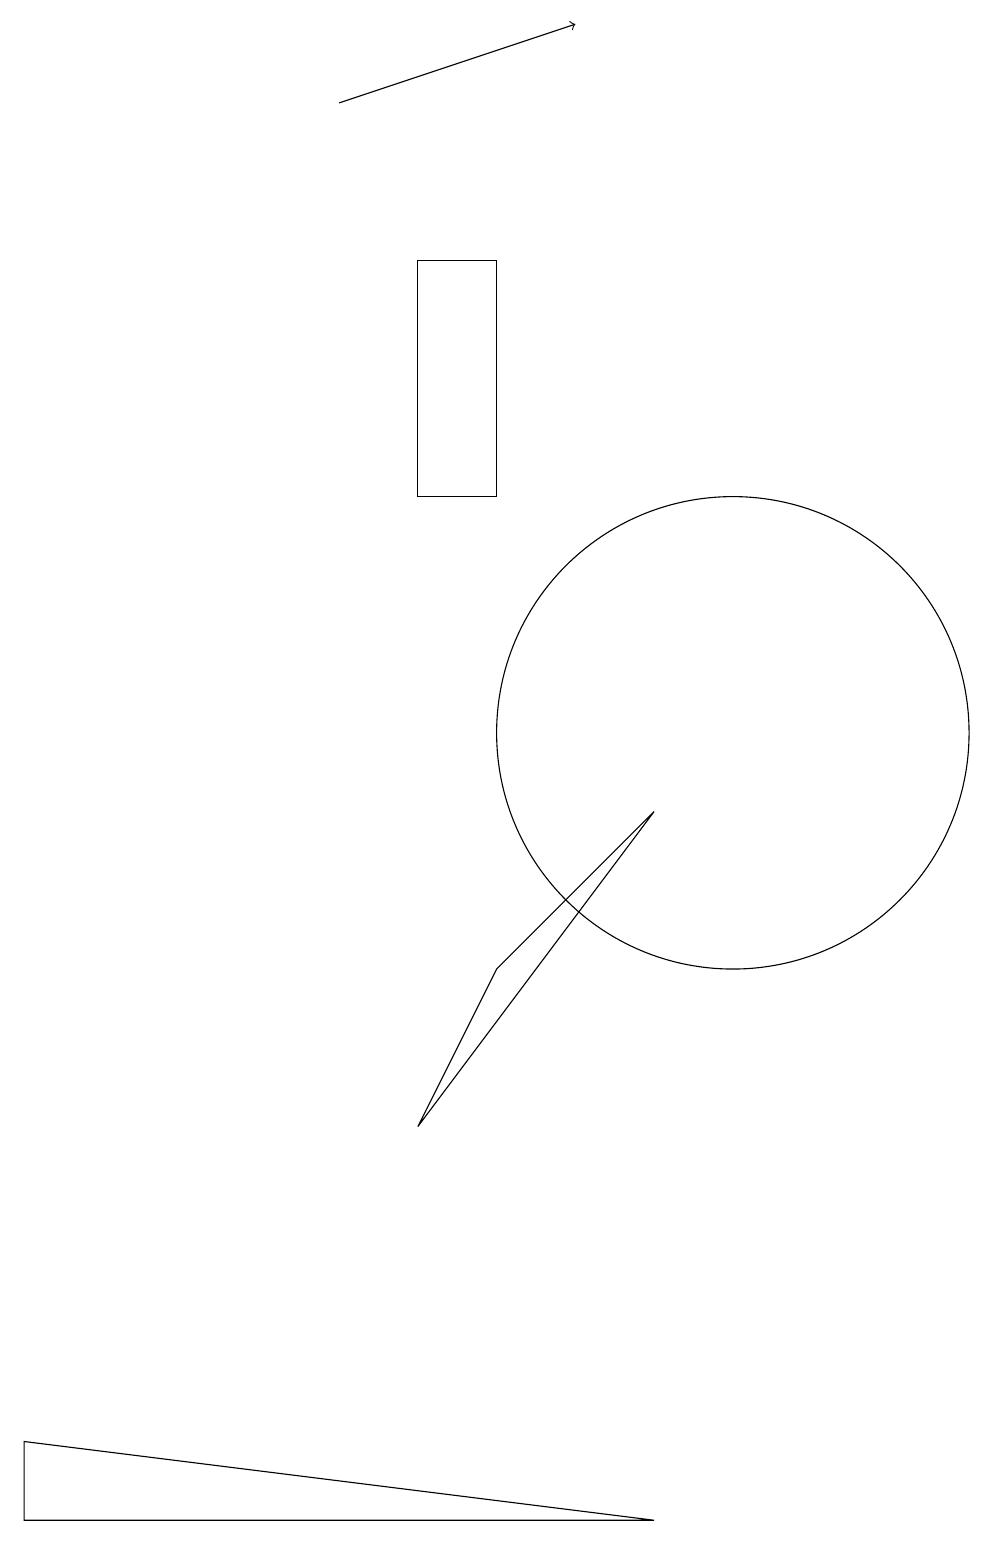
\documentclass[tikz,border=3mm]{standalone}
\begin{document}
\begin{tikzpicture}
\draw (10,10) circle (3);
\draw[->] (5,18) -- (8,19);
\draw (6,5) -- (7,7) -- (9,9) -- cycle;
\draw (6,13) rectangle (7,16);
\draw (1,0) -- (9,0) -- (1,1) -- cycle;
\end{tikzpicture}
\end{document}